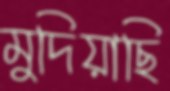
মুদিয়াছি